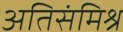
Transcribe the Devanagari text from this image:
अतिसंमिश्र